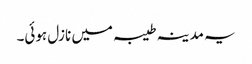
یہ مدینہ طیبہ میں نازل ہوئی۔